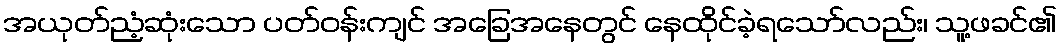
အယုတ်ညံ့ဆုံးသော ပတ်ဝန်းကျင် အခြေအနေတွင် နေထိုင်ခဲ့ရသော်လည်း၊ သူ့ဖခင်၏